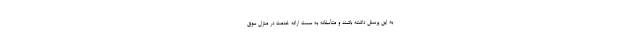
به این پرسنل داشته باشند و متأسفانه به سمت ارائه خدمت در منزل سوق